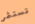
تستثمر